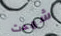
شهدت